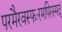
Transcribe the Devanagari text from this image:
परमैरवस्फःरमपिरस्मद्